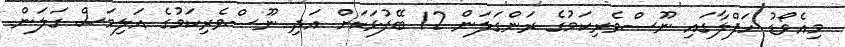
މިއެވޯޑު ހަފްލާގައި ނޫސްވެރިކަމުގެ ރަންގަލަން 12 ބޭފުޅަކަށް އަދި ނޫސްވެރިކަމުގެ އަލިމަސް ގަލަން